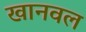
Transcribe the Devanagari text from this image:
खानवल